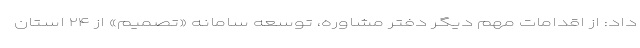
داد: از اقدامات مهم دیگر دفتر مشاوره، توسعه سامانه «تصمیم» از ۲۴ استان